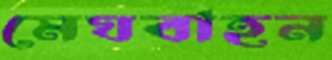
মেঘবাহন